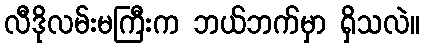
လီဒိုလမ်းမကြီးက ဘယ်ဘက်မှာ ရှိသလဲ။